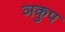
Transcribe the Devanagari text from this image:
ञकुप